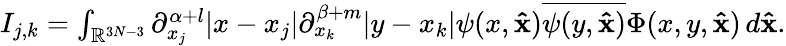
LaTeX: \begin{array}{r}{I_{j,k}=\int_{\mathbb{R}^{3N-3}}\partial_{x_{j}}^{\alpha+l}|x-x_{j}|\partial_{x_{k}}^{\beta+m}|y-x_{k}|\psi(x,\mathbf{\hat{x}})\overline{{\psi(y,\mathbf{\hat{x}})}}\Phi(x,y,\mathbf{\hat{x}})\, d\mathbf{\hat{x}}.}\end{array}